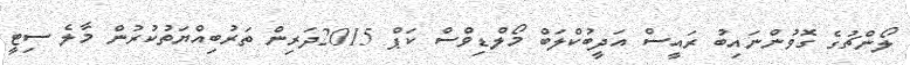
ލޯންޗުގެ ގޮވުންނައިބު ރައީސް އަދީބުކްލަބް މޯލްޑިވްސް ކަޕް 2015ދަރިން ތަރުބިއްޔަތުކުރުން މާލެ ސިޓީ